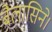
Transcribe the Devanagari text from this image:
बैलासिने।